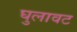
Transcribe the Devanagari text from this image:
घुलावट